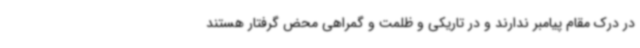
در درک مقام پیامبر ندارند و در تاریکی و ظلمت و گمراهی محض گرفتار هستند